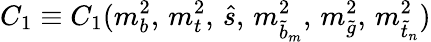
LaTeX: C_{1}\equiv C_{1}(m_{b}^{2},\, m_{t}^{2},\, \hat{s},\, m_{\tilde{b}_{m}}^{2},\, m_{\tilde{g}}^{2},\, m_{\tilde{t}_{n}}^{2})